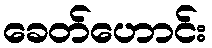
ခေတ်ဟောင်း